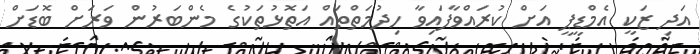
އަދި ޒަކީ އެމްޑީޕީ އަށް ކުރައްވާފައިވާ ހިދުމަތްތައް އަތޮޅުތަކުގެ މެންބަރުން ވަރަށް ބޮޑަށް